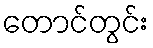
တောင်တွင်း